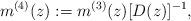
LaTeX: \begin{align*} m^{(4)}(z):=m^{(3)}(z)[D(z)]^{-1},\end{align*}